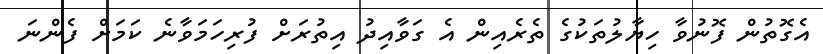
އެގޮތުން ފޮނުވާ ހިޔާލުތަކުގެ ތެރެއިން އެ ގަވާއިދު އިތުރަށް ފުރިހަމަވާނެ ކަމަށް ފެންނަ